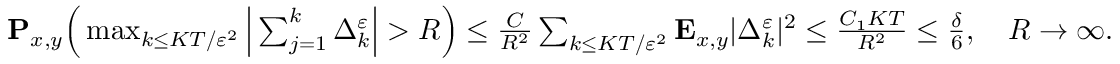
\begin{array} { r } { \mathbf { P } _ { x , y } \Big ( \operatorname* { m a x } _ { k \leq K T / \varepsilon ^ { 2 } } \Big | \sum _ { j = 1 } ^ { k } \Delta _ { k } ^ { \varepsilon } \Big | > R \Big ) \leq \frac { C } { R ^ { 2 } } \sum _ { k \leq K T / \varepsilon ^ { 2 } } \mathbf { E } _ { x , y } | \Delta _ { k } ^ { \varepsilon } | ^ { 2 } \leq \frac { C _ { 1 } K T } { R ^ { 2 } } \leq \frac { \delta } { 6 } , \quad R \to \infty . } \end{array}